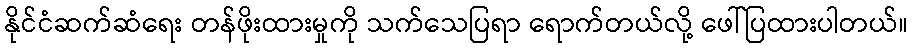
နိုင်ငံဆက်ဆံရေး တန်ဖိုးထားမှုကို သက်သေပြရာ ရောက်တယ်လို့ ဖေါ်ပြထားပါတယ်။